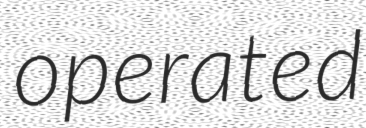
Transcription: operated